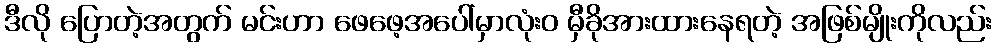
ဒီလို ပြောတဲ့အတွက် မင်းဟာ ဖေဖေ့အပေါ်မှာလုံးဝ မှီခိုအားထားနေရတဲ့ အဖြစ်မျိုးကိုလည်း